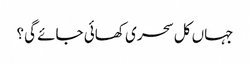
جہاں کل سحری کھائی جائے گی؟